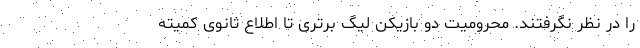
را در نظر نگرفتند. محرومیت دو بازیکن لیگ برتری تا اطلاع ثانوی کمیته